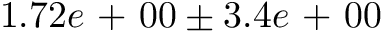
1 . 7 2 e \mathrm { ~ + ~ } 0 0 \pm 3 . 4 e \mathrm { ~ + ~ } 0 0